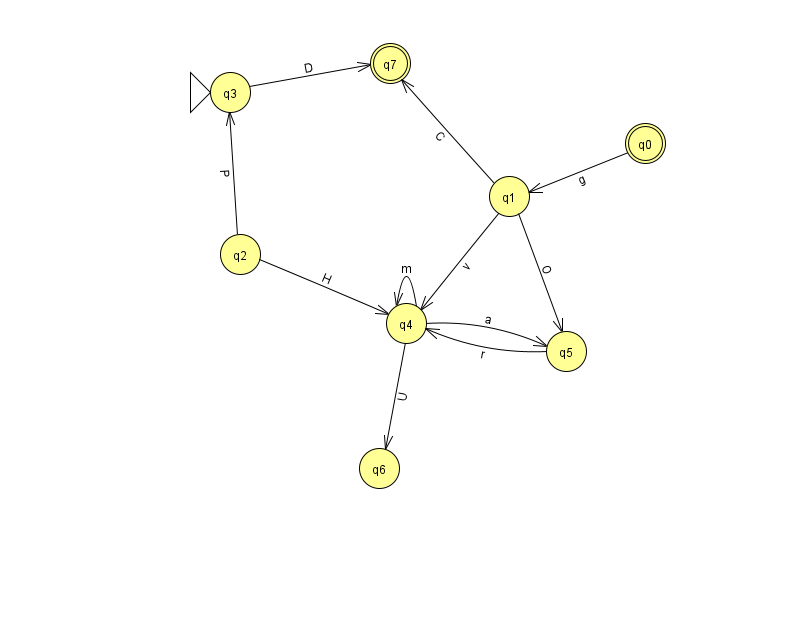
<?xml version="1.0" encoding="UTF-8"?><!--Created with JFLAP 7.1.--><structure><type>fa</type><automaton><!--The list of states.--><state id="0" name="q0"><x>645.0</x><y>130.0</y><final/></state><state id="1" name="q1"><x>509.0</x><y>183.0</y></state><state id="2" name="q2"><x>240.0</x><y>241.0</y></state><state id="3" name="q3"><x>230.0</x><y>79.0</y><initial/></state><state id="4" name="q4"><x>406.0</x><y>310.0</y></state><state id="5" name="q5"><x>566.0</x><y>338.0</y></state><state id="6" name="q6"><x>379.0</x><y>455.0</y></state><state id="7" name="q7"><x>390.0</x><y>50.0</y><final/></state><!--The list of transitions.--><transition><from>0</from><to>1</to><read>g</read></transition><transition><from>1</from><to>7</to><read>C</read></transition><transition><from>2</from><to>3</to><read>P</read></transition><transition><from>1</from><to>4</to><read>v</read></transition><transition><from>5</from><to>4</to><read>r</read></transition><transition><from>1</from><to>5</to><read>O</read></transition><transition><from>4</from><to>5</to><read>a</read></transition><transition><from>2</from><to>4</to><read>H</read></transition><transition><from>4</from><to>6</to><read>U</read></transition><transition><from>3</from><to>7</to><read>D</read></transition><transition><from>4</from><to>4</to><read>m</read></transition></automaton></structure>